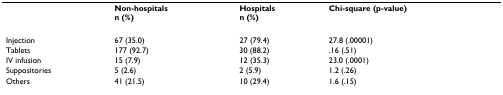
|  | Non-hospitalsn (%) | Hospitalsn (%) | Chi-square (p-value) |
 | --- | --- | --- | --- |
 | Injection | 67 (35.0) | 27 (79.4) | 27.8 (.00001) |
 | Tablets | 177 (92.7) | 30 (88.2) | .16 (.51) |
 | IV infusion | 15 (7.9) | 12 (35.3) | 23.0 (.0001) |
 | Suppositories | 5 (2.6) | 2 (5.9) | 1.2 (.26) |
 | Others | 41 (21.5) | 10 (29.4) | 1.6 (.15) |